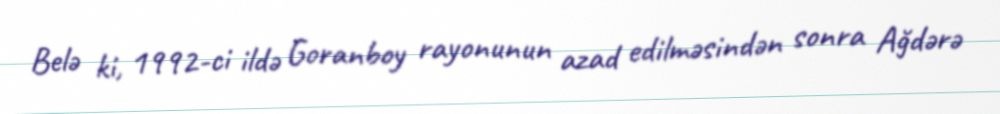
Belə ki, 1992-ci ildə Goranboy rayonunun azad edilməsindən sonra Ağdərə